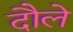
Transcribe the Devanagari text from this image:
दौले